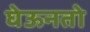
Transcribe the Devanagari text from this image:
घेऊनतो